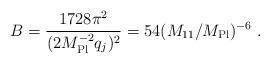
LaTeX: \begin{align*}B = \frac{1728 \pi^2}{(2 M_{\rm Pl}^{-2} q_j)^2} = 54 ( M_{11}/M_{\rm Pl} )^{-6}\ .\end{align*}